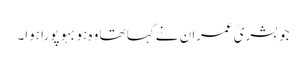
جو بشریٰ عمران نے کہا تھا وہ ہوبہو پورا ہوا۔